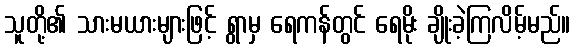
သူတို့၏ သားမယားများဖြင့် ရွာမှ ရေကန်တွင် ရေမိုး ချိုးခဲ့ကြလိမ့်မည်။